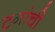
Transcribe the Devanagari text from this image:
टनांची